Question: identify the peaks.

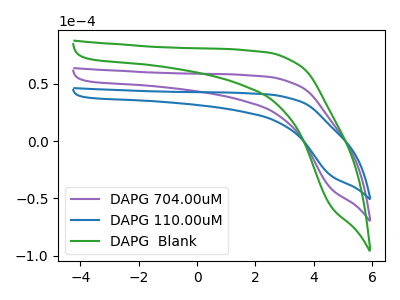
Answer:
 <answer>The purple curve "DAPG 704.00uM" has no peaks. The blue curve "DAPG 110.00uM" has no peaks. The green curve "DAPG  Blank" has no peaks.</answer>
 <eval></eval>